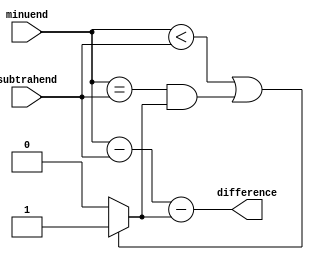
module comb_subtractor (
    input [7:0] minuend,
    input [7:0] subtrahend,
    output reg [7:0] difference
);

reg borrow_in = 0;

always @(*) begin
    if (minuend < subtrahend || (minuend == subtrahend && borrow_in)) begin
        difference = minuend - subtrahend - borrow_in;
        borrow_in = 1;
    end else begin
        difference = minuend - subtrahend - borrow_in;
        borrow_in = 0;
    end
end

endmodule